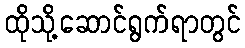
ထိုသို့ဆောင်ရွက်ရာတွင်